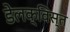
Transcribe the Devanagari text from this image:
डेलक्विस्त